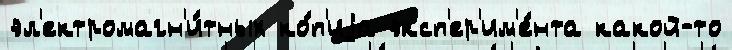
эл'ектромагн'и́тных ко́п'иjа эксп'ер'им'е́нта какой-то